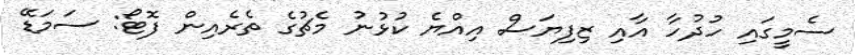
ސެމީގައި ހުދުހާ އާއި ޒިފިޔަސް އިއްޔެ ކުޅުނު މެޗުގެ ތެރެއިން ފޮޓޯ: ސަމަޑޭ